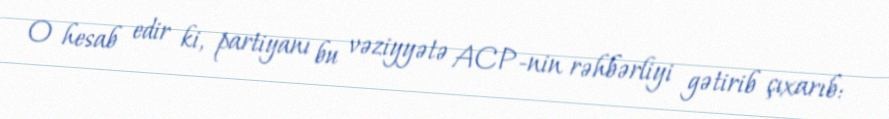
O hesab edir ki, partiyanı bu vəziyyətə ACP-nin rəhbərliyi gətirib çıxarıb: